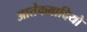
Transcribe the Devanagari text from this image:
आतंकवादियो